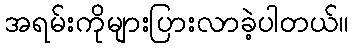
အရမ်းကိုများပြားလာခဲ့ပါတယ်။